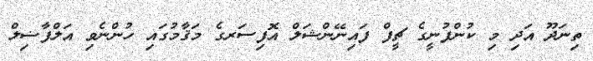
ތިނަދޫ އަދި މި ކުންފުނީގެ ޗީފް ފައިނޭންޝަލް އޮފިސަރގެ މަޤާމުގައި ހުންނެވި އަލްފާޟިލް